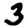
Digit: 3